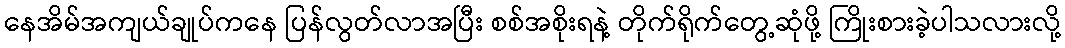
နေအိမ်အကျယ်ချုပ်ကနေ ပြန်လွတ်လာအပြီး စစ်အစိုးရနဲ့ တိုက်ရိုက်တွေ့ဆုံဖို့ ကြိုးစားခဲ့ပါသလားလို့